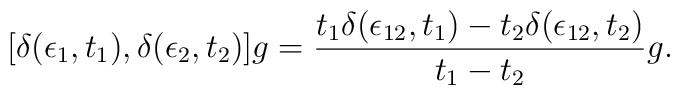
[\delta (\epsilon_1, t_1), \delta (\epsilon_2, t_2)]g = {t_1 \delta(\epsilon_{12},t_1) - t_2 \delta (\epsilon_{12}, t_2)\over t_1 - t_2}g.